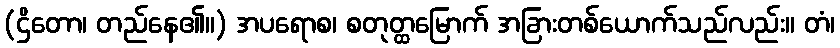
(ဌိတော၊ တည်နေ၏။) အပရောစ၊ စတုတ္ထမြောက် အခြားတစ်ယောက်သည်လည်း။ တံ၊